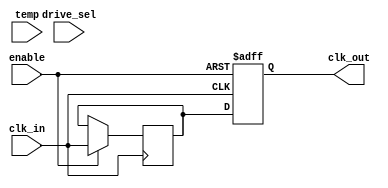
module TempCompClockBuffer (
    input wire clk_in,          // Input clock signal
    input wire [7:0] temp,     // Temperature input (for compensation)
    input wire [1:0] drive_sel, // Drive strength selection
    input wire enable,          // Enable signal for the buffer
    output reg clk_out          // Buffered clock output
);

// Internal parameters for delay adjustment based on temperature
parameter TEMP_THRESHOLD = 8'd25; // Example threshold temperature
parameter DELAY_ADJUST_HIGH = 2;   // Delay adjustment for high temperature
parameter DELAY_ADJUST_LOW = 1;    // Delay adjustment for low temperature

// Drive strength settings
parameter DRIVE_LOW = 2'b00;
parameter DRIVE_MEDIUM = 2'b01;
parameter DRIVE_HIGH = 2'b10;

// Internal signal for adjusted clock
reg clk_adjusted;

// Clock amplification and delay adjustment based on temperature
always @(posedge clk_in or negedge enable) begin
    if (!enable) begin
        clk_out <= 1'b0; // Disable output clock
    end else begin
        // Adjust delay based on temperature
        if (temp > TEMP_THRESHOLD) begin
            // High temperature compensation
            clk_adjusted <= #DELAY_ADJUST_HIGH clk_in;
        end else begin
            // Low temperature compensation
            clk_adjusted <= #DELAY_ADJUST_LOW clk_in;
        end
        
        // Drive strength adjustment
        case (drive_sel)
            DRIVE_LOW: clk_out <= clk_adjusted; // Low drive strength
            DRIVE_MEDIUM: clk_out <= clk_adjusted; // Medium drive strength
            DRIVE_HIGH: clk_out <= clk_adjusted; // High drive strength
            default: clk_out <= clk_adjusted; // Default case
        endcase
    end
end

endmodule